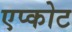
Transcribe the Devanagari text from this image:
एप्कोट